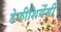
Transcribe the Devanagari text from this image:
डेफीशियेंसी